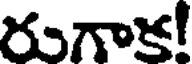
రుగాక!